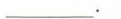
___.